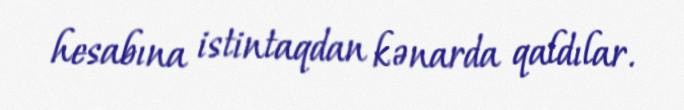
hesabına istintaqdan kənarda qaldılar.